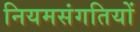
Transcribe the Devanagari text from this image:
नियमसंगतियों